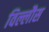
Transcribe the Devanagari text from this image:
विल्लौस